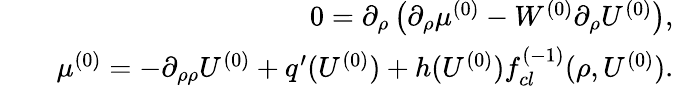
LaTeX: \begin{array}{rlr}&{}&{0=\partial_{\rho}\left(\partial_{\rho}\mu^{(0)}-W^{(0)}\partial_{\rho}U^{(0)}\right),}\\ &{}&{\mu^{(0)}=-\partial_{\rho\rho}U^{(0)}+q^{\prime}(U^{(0)})+h(U^{(0)})f_{cl}^{(-1)}(\rho,U^{(0)}).}\end{array}